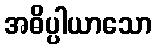
အဓိပ္ပါယာသော